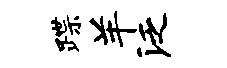
蹀羊泛